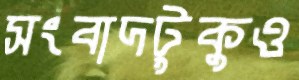
সংবাদটুকুও